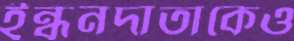
ইন্ধনদাতাকেও